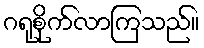
ဂရုစိုက်လာကြသည်။